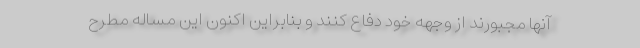
آنها مجبورند از وجهه خود دفاع کنند و بنابراین اکنون این مساله مطرح